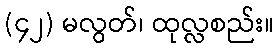
(၄၂) မလွတ်၊ ထုလ္လစည်း။